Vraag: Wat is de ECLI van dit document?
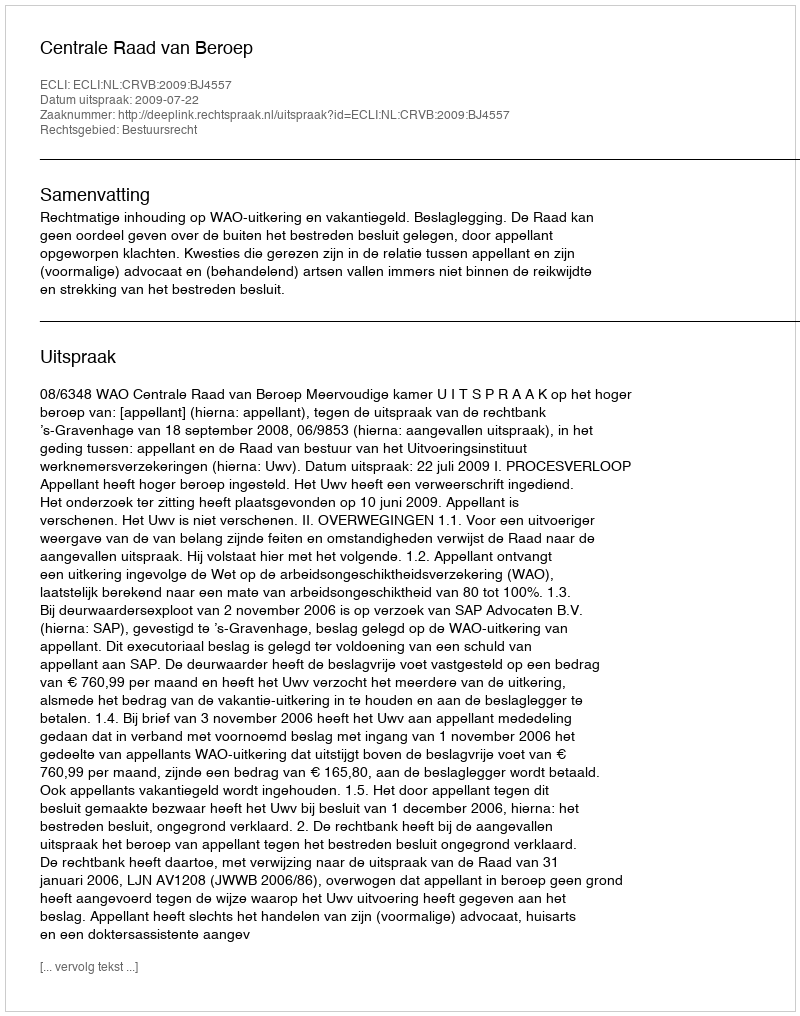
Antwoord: ECLI:NL:CRVB:2009:BJ4557